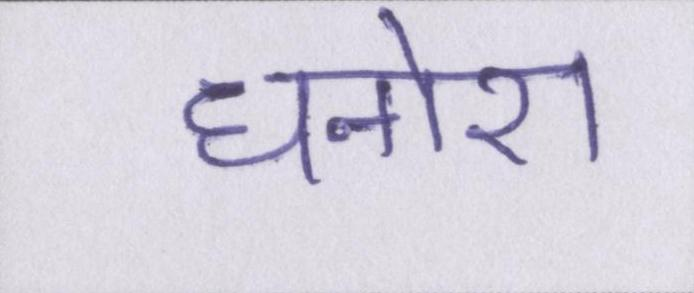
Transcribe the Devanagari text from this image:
धनोरा